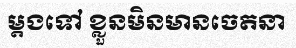
ម្តងទៅ ខ្លួនមិនមានចេតនា